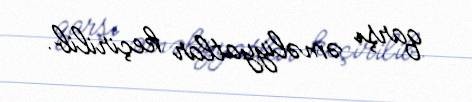
qarşı əməliyyatlar keçirilib.